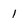
Character: 1